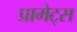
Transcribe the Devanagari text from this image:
प्रामेट्स